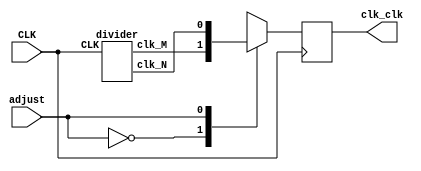
`timescale 1ns / 1ps
//////////////////////////////////////////////////////////////////////////////////
// Company: 
// Engineer: 
// 
// Design Name: 
// Module Name: clk_adjust
// Project Name: 
// Target Devices: 
// Tool Versions: 
// Description: 
// 
// Dependencies: 
// 
// Revision:
// Revision 0.01 - File Created
// Additional Comments:
// 
//////////////////////////////////////////////////////////////////////////////////

module clk_adjust(CLK,adjust,clk_clk);
input CLK,adjust;
output reg clk_clk;
wire clk_M;
wire clk_N;

initial begin clk_clk<=0;end

divider  a0(CLK,clk_M,clk_N);

always @(posedge CLK) begin   
	case(adjust)
		0:clk_clk<=clk_M;
		1:clk_clk<=clk_N;
	endcase
end
endmodule

module divider(CLK,clk_M,clk_N);//
input CLK;                      // 
output reg clk_M,clk_N;                   // 
parameter M = 250_0000;      // 40Hz,N=fclk/fclk_N
parameter N = 2;      // 50MHz,N=fclk/fclk_N
reg [31:0] counter;
reg [31:0] counter2;   
initial begin
clk_M<=0;counter<=0;clk_N<=0;counter2<=0;
end       
always @(posedge CLK)  begin    //  
      if(counter==M/2-1)
      begin  
      clk_M<=~clk_M;
      counter<=0;  
      end
      else   counter<=counter+1;    // 
      
      if(counter2==N/2-1)
      begin  
      clk_N<=~clk_N;
      counter2<=0;  
      end
      else   counter2<=counter2+1;    // 
end     
endmodule